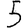
Digit: 5